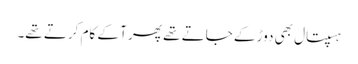
ہسپتال بھی دوڑ کے جاتے تھے پھر آ کے کام کرتے تھے۔